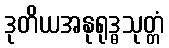
ဒုတိယအနုရုဒ္ဓသုတ္တံ